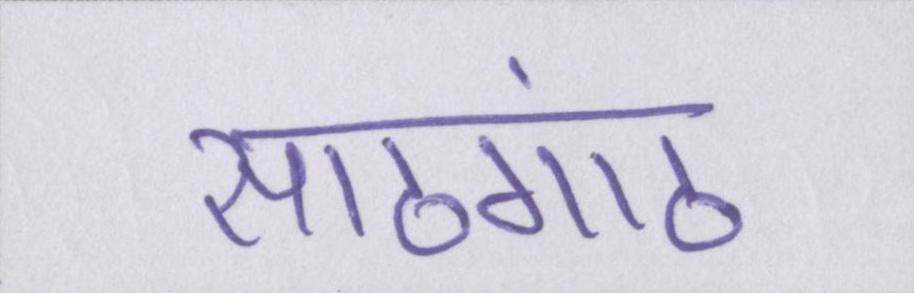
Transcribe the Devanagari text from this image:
साठगांठ